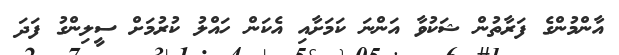
އާންމުންގެ ފަރާތުން ޝަކުވާ އަންނަ ކަމަށާއި އެކަން ހައްލު ކުރުމަށް ސީލިންގު ފަދަ